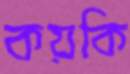
কয়কি